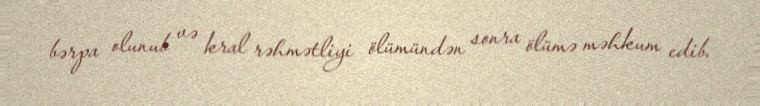
bərpa olunub və kral rəhmətliyi ölümündən sonra ölümə məhkum edib.